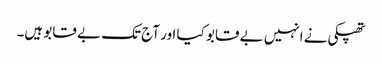
تھپکی نے انہیں بے قابو کیا اور آج تک بے قابو ہیں۔